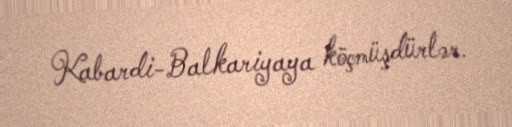
Kabardi-Balkariyaya köçmüşdürlər.